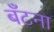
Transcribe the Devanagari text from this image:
बँटना